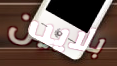
بلايين